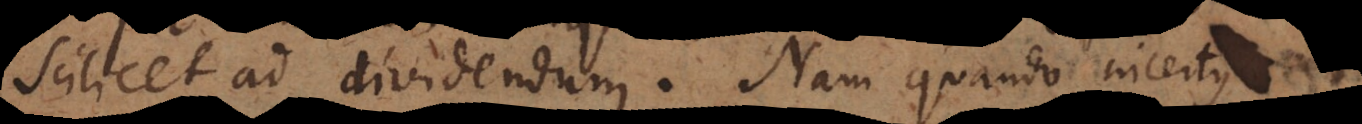
scilicet ad dividendum. Nam quando incertus